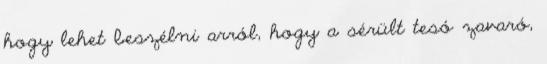
hogy lehet beszélni arról, hogy a sérült tesó zavaró,